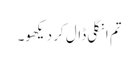
تم انگلی ڈال کر دیکھو۔